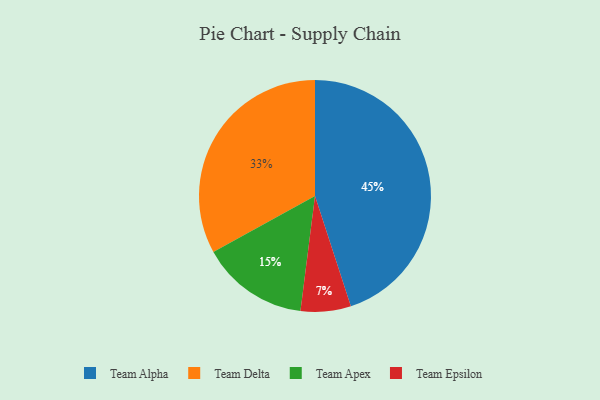
{"axis": {"x": "Category", "y": "Percentage"}, "legend": ["Team Alpha", "Team Apex", "Team Delta", "Team Epsilon"], "data": [{"x": "Team Apex", "y": 15, "type": "Team Apex"}, {"x": "Team Epsilon", "y": 7, "type": "Team Epsilon"}, {"x": "Team Delta", "y": 33, "type": "Team Delta"}, {"x": "Team Alpha", "y": 45, "type": "Team Alpha"}]}